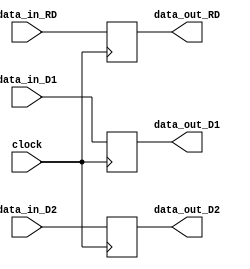
//file pipeline.v


module pipeline (
	input wire clock,
	input wire [4:0] data_in_RD,
	input wire [31:0] data_in_D1,
	input wire [31:0] data_in_D2,
	output reg [31:0] data_out_D1,
	output reg [31:0]	data_out_D2,
	output reg [4:0] data_out_RD	
	);
	
	
	always @(posedge clock) begin
		data_out_D1<=data_in_D1;
		data_out_D2<=data_in_D2;
		data_out_RD<=data_in_RD;
			
	end
		
		
endmodule